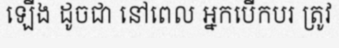
ឡើង ដូចជា នៅពេល អ្នកបើកបរ ត្រូវ